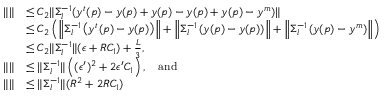
\begin{array} { r l } { \| \| } & { \le C _ { 2 } \| \Sigma _ { l } ^ { - 1 } ( y ^ { t } ( p ) - y ( p ) + y ( p ) - y ( p ) + y ( p ) - y ^ { m } ) \| } \\ & { \le C _ { 2 } \left( \left\| \Sigma _ { l } ^ { - 1 } \left( y ^ { t } ( p ) - y ( p ) \right) \right\| + \left\| \Sigma _ { l } ^ { - 1 } \left( y ( p ) - y ( p ) \right) \right\| + \left\| \Sigma _ { l } ^ { - 1 } \left( y ( p ) - y ^ { m } \right) \right\| \right) } \\ & { \le C _ { 2 } \| \Sigma _ { l } ^ { - 1 } \| ( \epsilon + R C _ { 1 } ) + \frac { L } { 3 } , } \\ { \| \| } & { \le \| \Sigma _ { l } ^ { - 1 } \| \left( ( \epsilon ^ { \prime } ) ^ { 2 } + 2 \epsilon ^ { \prime } C _ { 1 } \right) , \quad \mathrm { a n d } } \\ { \| \| } & { \le \| \Sigma _ { l } ^ { - 1 } \| ( R ^ { 2 } + 2 R C _ { 1 } ) } \end{array}